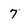
Character: 7